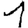
Digit: 1